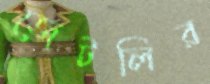
জেটলির